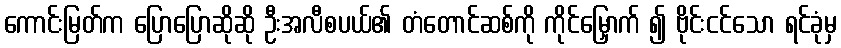
ကောင်းမြတ်က ပြောပြောဆိုဆို ဦးအလီစပယ်၏ တံတောင်ဆစ်ကို ကိုင်မြှောက် ၍ ဗိုင်းငင်သော ရင်ခုံမှ